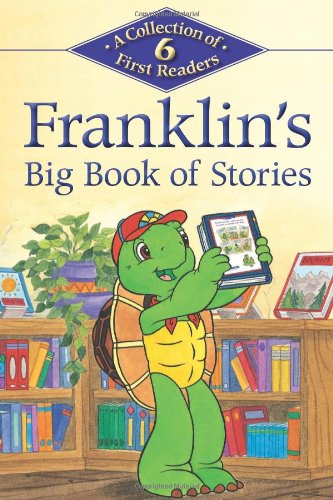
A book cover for Franklin's Big Book of Stories: A Collection of 6 First Readers (Kids Can Read); Children's Books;